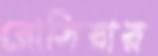
রোসিয়ার